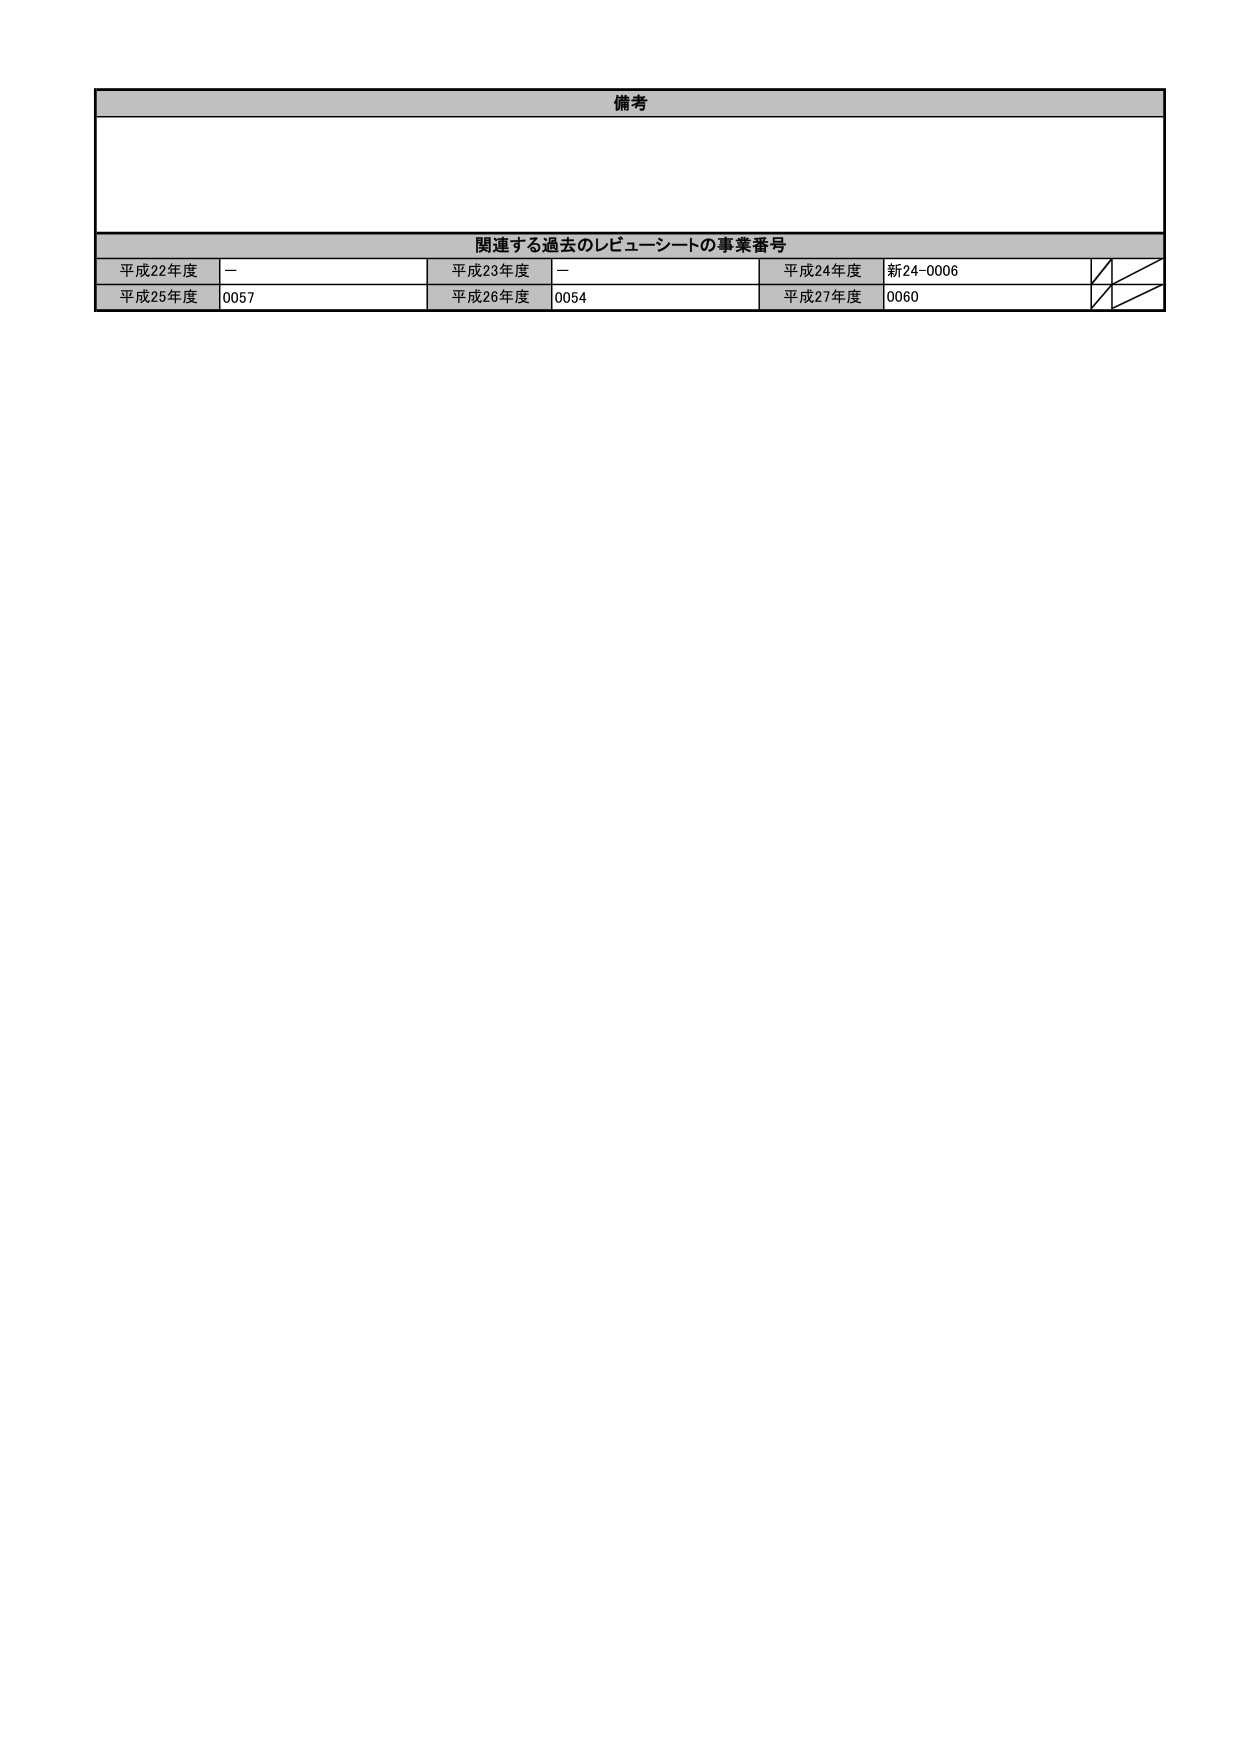
備考

関連する過去のレピューシートの事業番号
平成22年度　－
平成23年度　－
平成24年度　新24-0006
平成25年度　0057
平成26年度　0054
平成27年度　0060